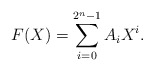
\begin{align*} F(X) = \sum_{i = 0}^{2^n-1} A_i X^i.\end{align*}